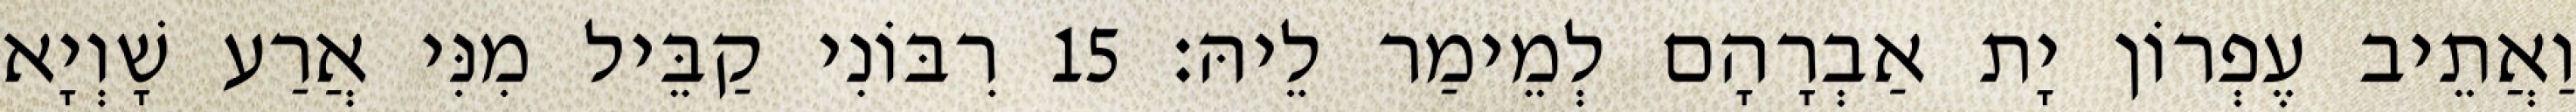
וַאֲתֵיב עֶפְרוֹן יָת אַבְרָהָם לְמֵימַר לֵיהּ׃ 15 רִבּוֹנִי קַבֵּיל מִנִּי אֲרַע שָׁוְיָא